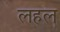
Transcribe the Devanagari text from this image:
लहल